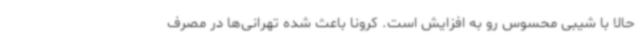
حالا با شیبی محسوس رو به افزایش است. کرونا باعث شده تهرانی‌ها در مصرف